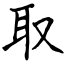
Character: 取